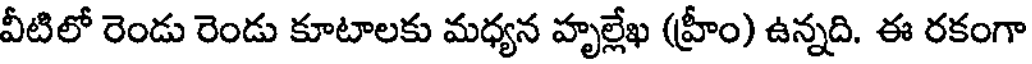
వీటిలో రెండు రెండు కూటాలకు మధ్యన హృల్లేఖ (హ్రీం) ఉన్నది. ఈ రకంగా